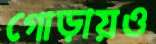
গোড়ায়ও